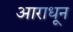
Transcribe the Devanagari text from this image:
आराधून